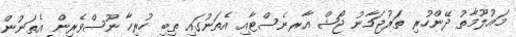
މައުލޫމާތު ދޭންހުރި ތަރުޖަމާނު ޖޯޝް އާރނެސްޓާއި އެތަނުގައި ތިބި ހުރިހާ ނޫސްވެރިން އެތަނުން